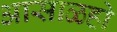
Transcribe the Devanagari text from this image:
आसाळहो